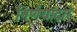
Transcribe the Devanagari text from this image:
निर्णयांद्वारे